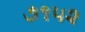
૭૧૫૨